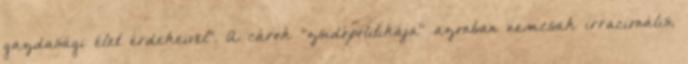
gazdasági élet érdekeivel". A cárok "zsidópolitikája" azonban nemcsak irracionális,